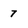
Character: 7